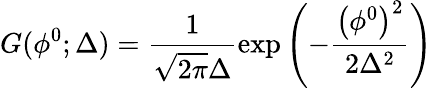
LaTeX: G(\phi^{0};\Delta)=\frac{1}{\sqrt{2\pi}\Delta}\exp\left(-\frac{\left(\phi^{0}\right)^{2}}{2\Delta^{2}}\right)